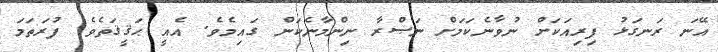
އޭނަ ރަނގަޅު ފިރިއަކަށް ނުވާނެކަމަށް ނަޞްރާ ނިންމާނެކަން ގައިމެވެ. އެއީ ޙަޤީޤަތެވެ. ފުރަތަމަ